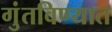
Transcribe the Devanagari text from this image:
गुंतविण्यात